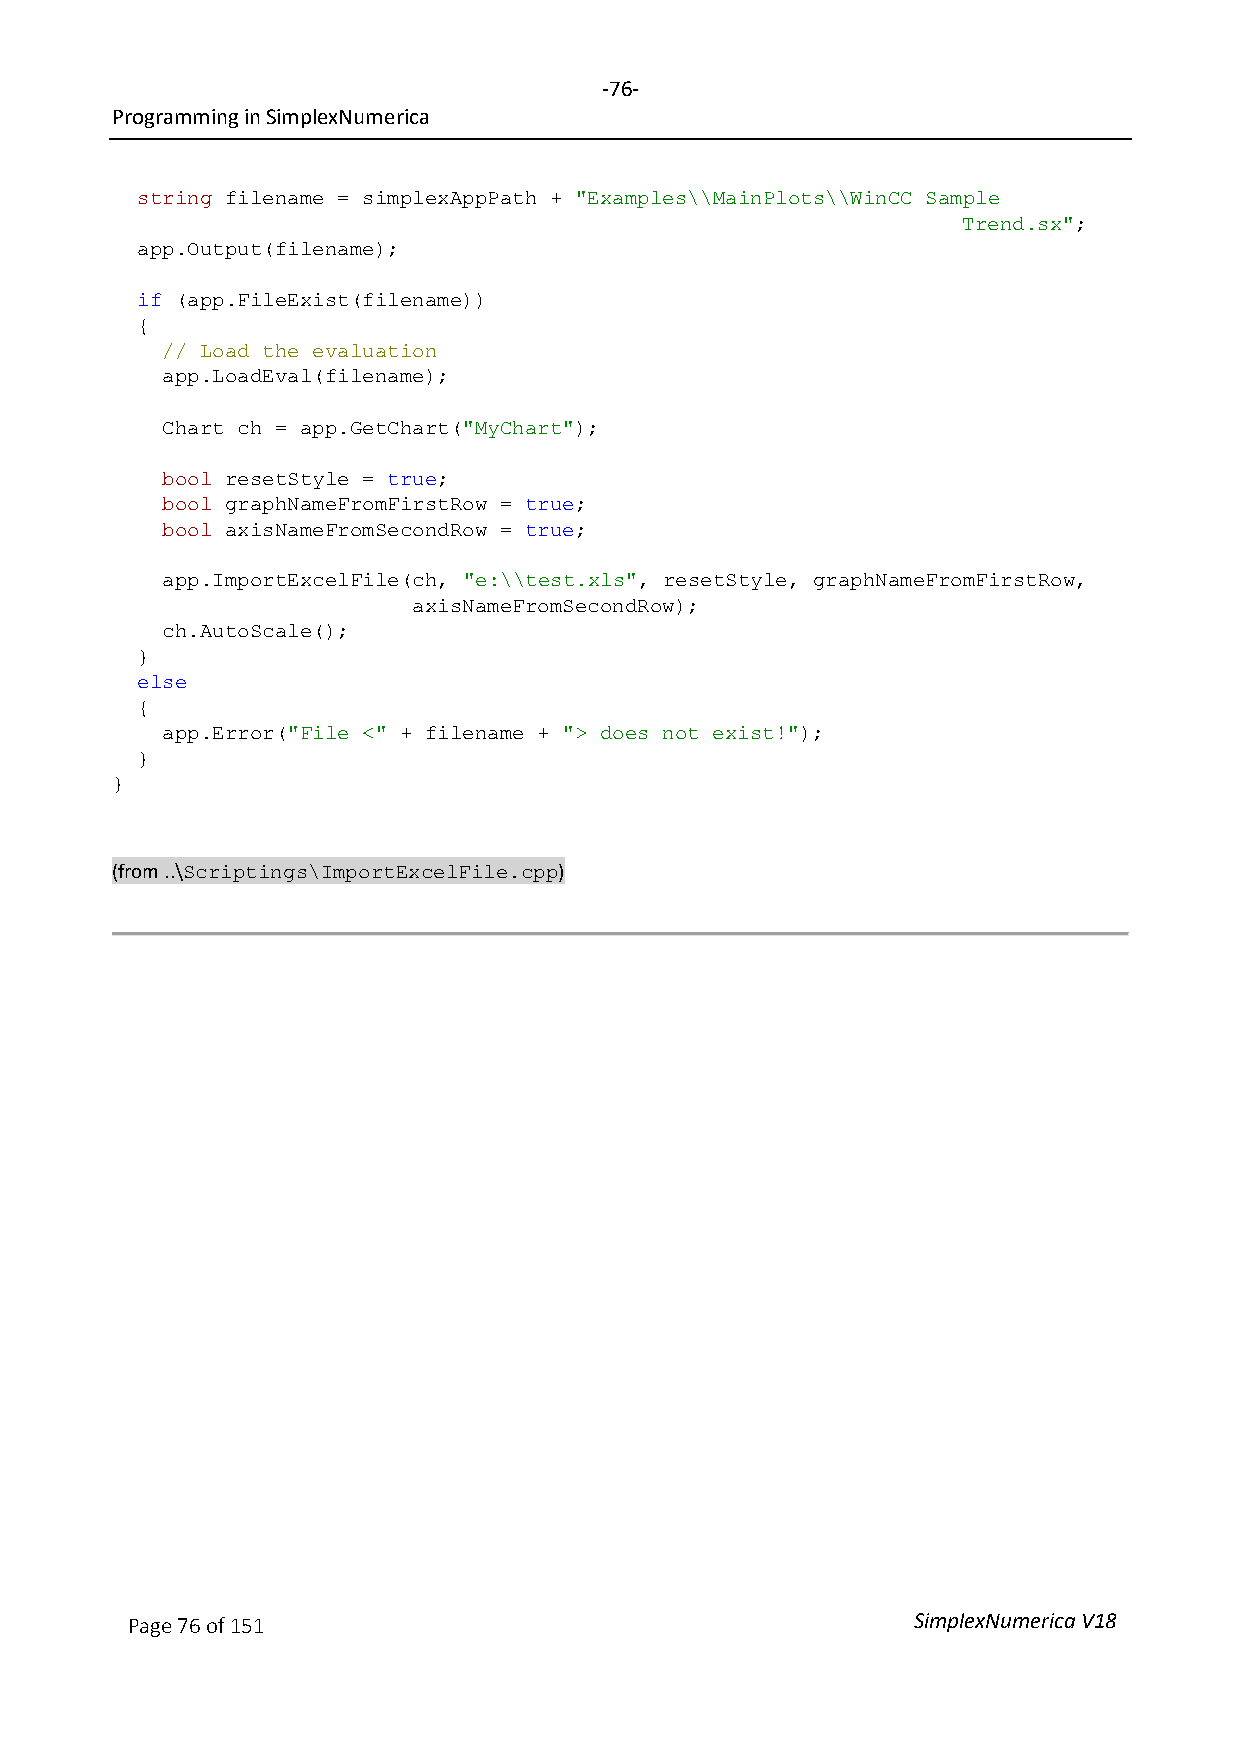
-76-
 Programming in SimplexNumerica
 string filename = simplexAppPath + "Examples\\MainPlots\\WinCC Sample
 Trend.sx";
 app.Output(filename);
 if (app.FileExist(filename))
 {
 // Load the evaluation
 app.LoadEval(filename);
 Chart ch = app.GetChart("MyChart");
 bool resetStyle = true;
 bool graphNameFromFirstRow = true;
 bool axisNameFromSecondRow = true;
 app.ImportExcelFile(ch, "e:\\test.xls", resetStyle, graphNameFromFirstRow,
 axisNameFromSecondRow);
 ch.AutoScale();
 }
 else
 {
 app.Error("File <" + filename + "> does not exist!");
 }
 }
 (from ..\                     )
 Scriptings\ImportExcelFile.cpp
 Page 76 of 151                                      SimplexNumerica V18